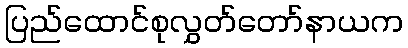
ပြည်ထောင်စုလွှတ်တော်နာယက